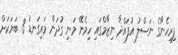
ފިރިހެނާގެ ނަސްލު އުފައްދާ ނިޒާމްގައި ހިމެނޭ މަނި ގުދަން މައިގަނޑު 3 ބަޔަކަށް